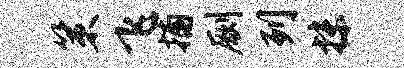
策飞捕劂列抹